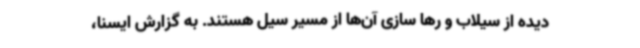
دیده از سیلاب و رها سازی آن‌ها از مسیر سیل هستند. به گزارش ایسنا،